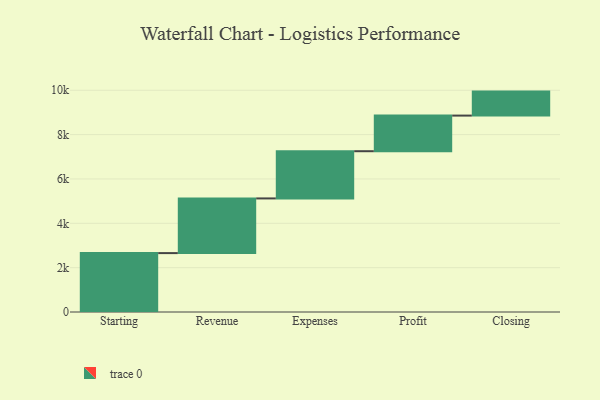
{"axis": {"x": "Step", "y": "Value"}, "legend": [""], "data": [{"x": "Starting", "y": 2656.0, "type": ""}, {"x": "Revenue", "y": 2466.0, "type": ""}, {"x": "Expenses", "y": 2129.0, "type": ""}, {"x": "Profit", "y": 1606.0, "type": ""}, {"x": "Closing", "y": 1082.0, "type": ""}]}